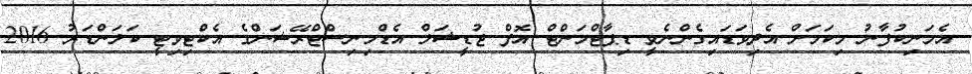
އެމަނިކުފާނު މިކަމަށް އެދިވަޑައިގެންނެވީ ޑިޕާޓްމަންޓް އޮފް ޖުޑީޝަލް އެޑްމިނިސްޓްރޭޝަންގެ އެކްޓިވިޓީ ކަލަންޑަރު 2016